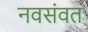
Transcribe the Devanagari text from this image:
नवसंवत